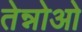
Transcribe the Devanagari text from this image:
तेन्नोओ